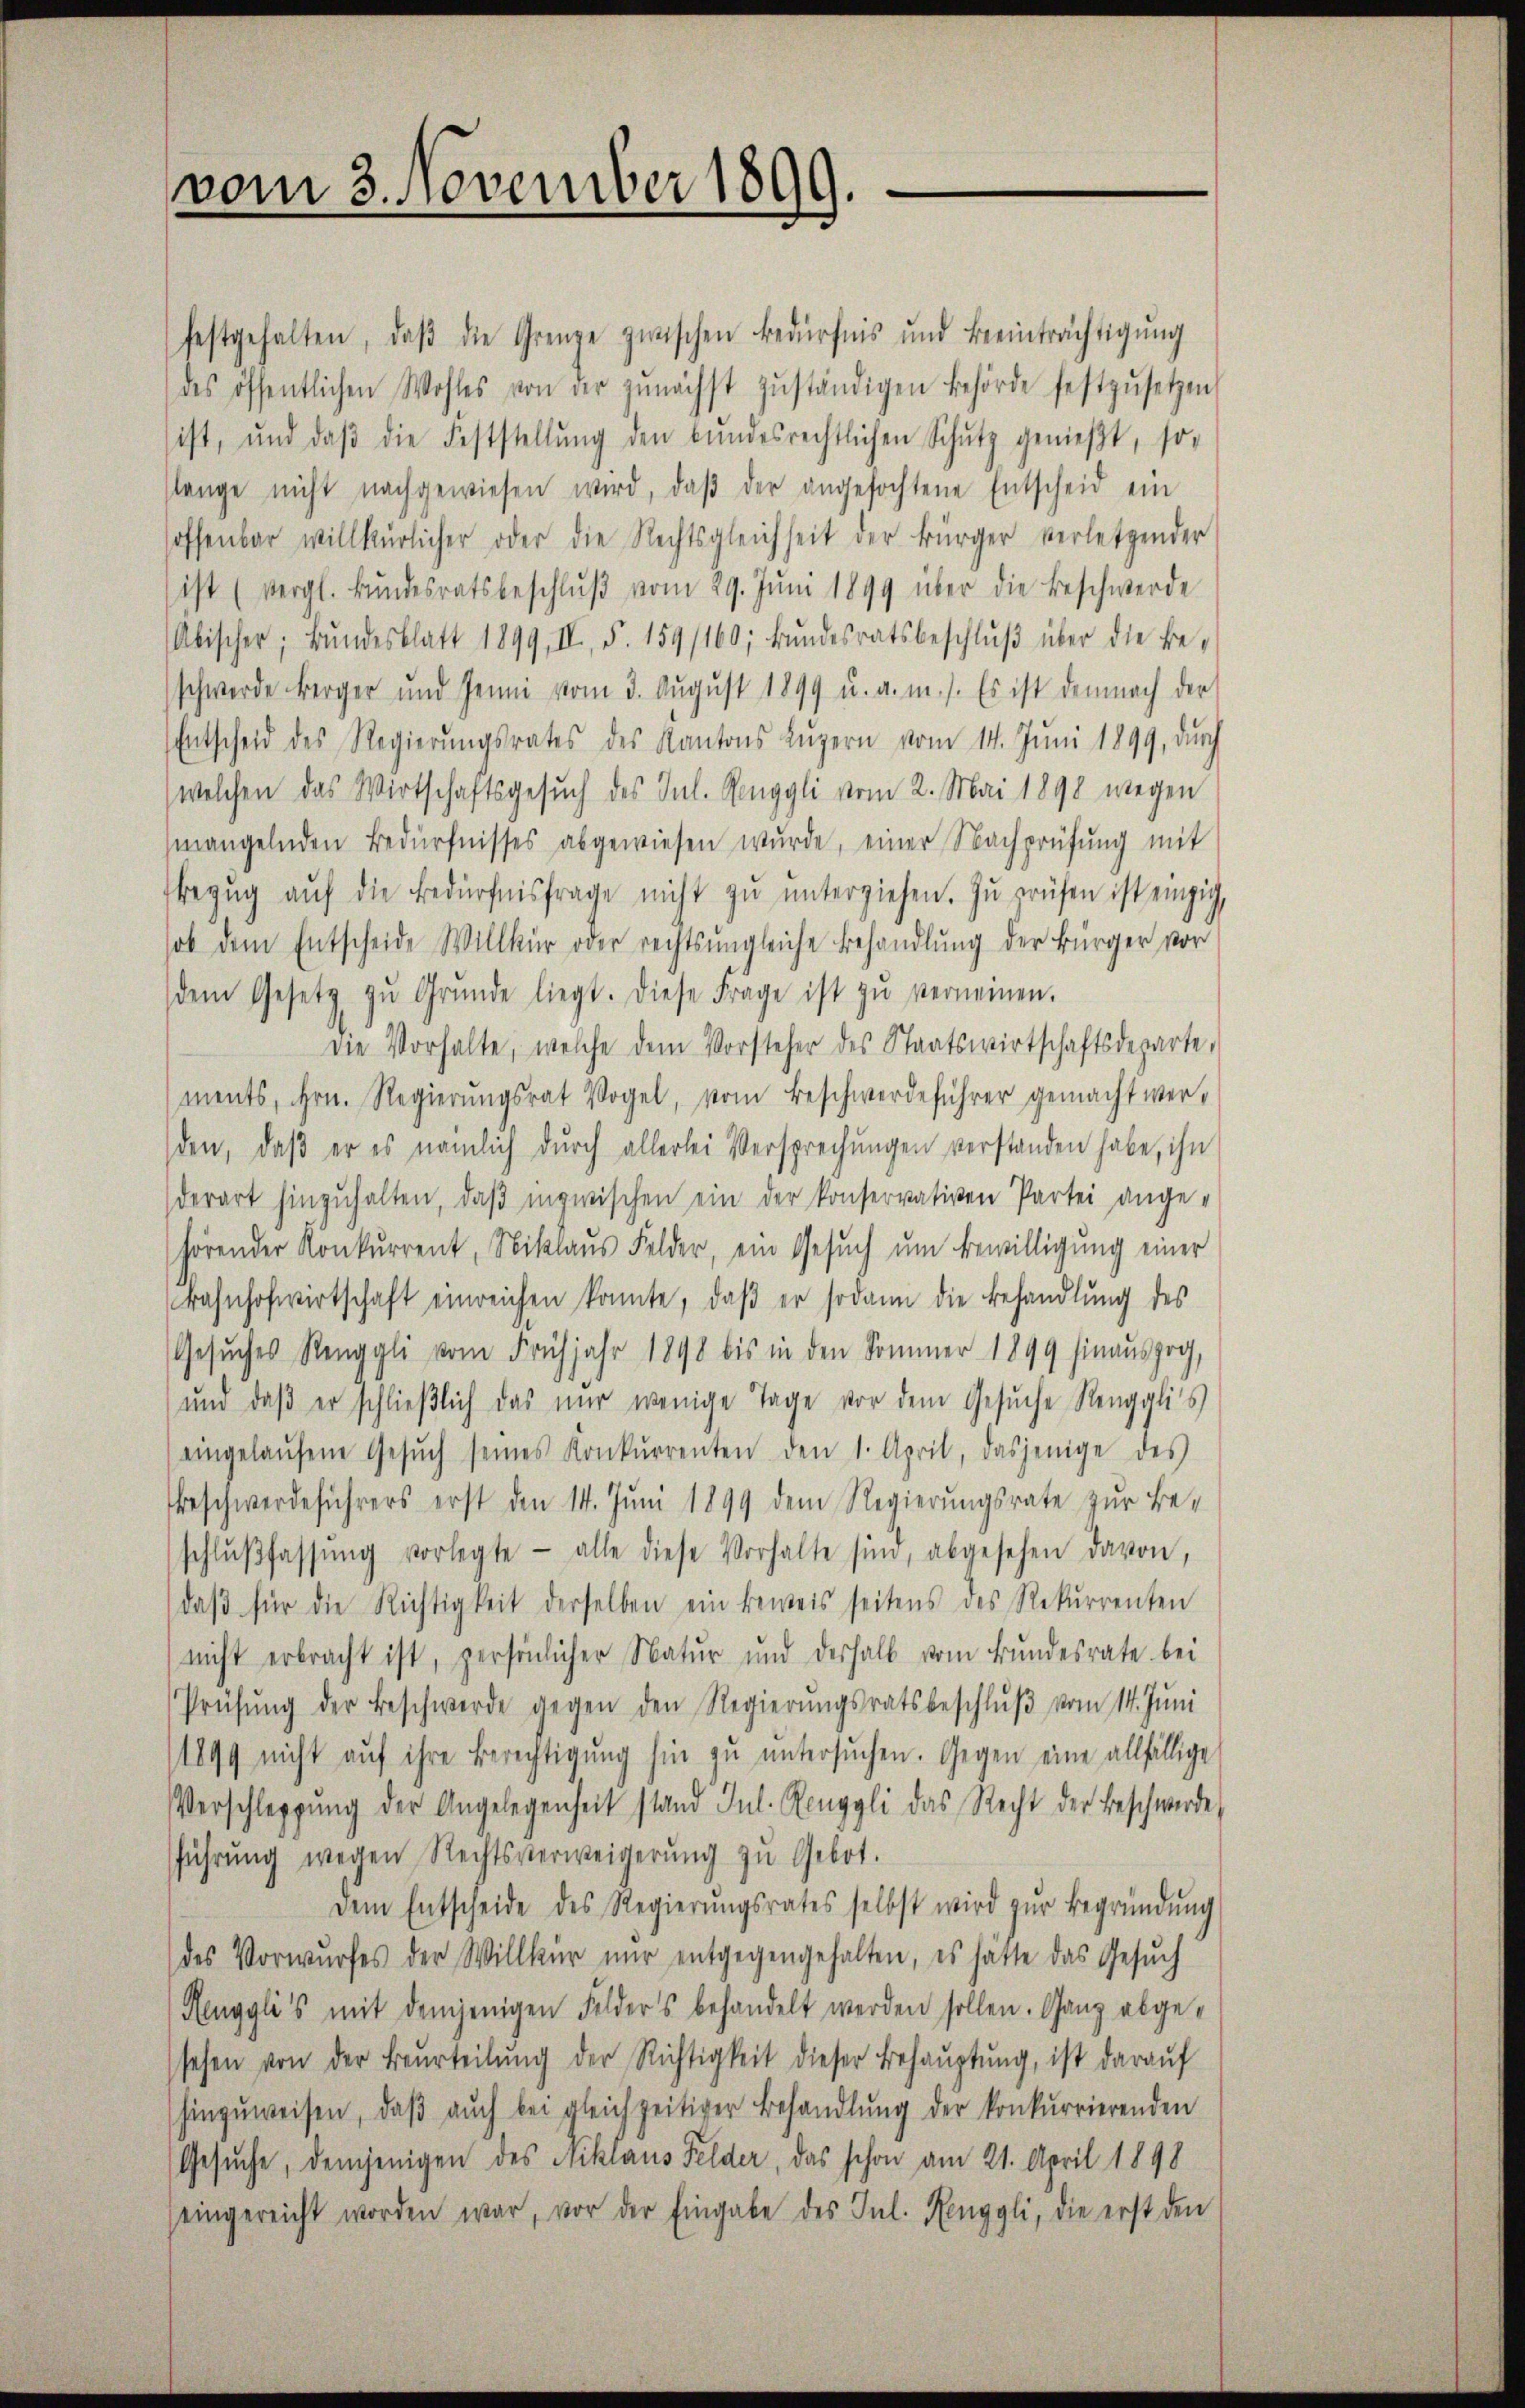
vom 3. November 1899.

festgehalten, daβ die Grenze zwischen Bedürfnis und Beeinträchtigŭng
des öffentlichen Wohles von der zunächst zŭständigen Behörde festzŭsetzen
sist, und daβ die Feststellŭng den Bŭndesrechtlichen Schŭtz genießt, so-
slange nicht nachgewiesen wird, daβ der angefochtene Entscheid ein
hoffenbar willkürlicher oder die Rechtsgleichheit der Bürger verletzender
ist (vergl. Bŭndesratsbeschlŭβ vom 29. Jŭni 1899 über die Beschwerde
Abischer; Bŭndesblatt 1899, II., S. 159/160; bŭndesratsbeschlŭβ über die Beschwerde berger und Jenni vom 3. August 1899 u. a. m.). Es ist demnach der
Entscheid des Regierŭngsrates des Kantons Lŭzern vom 14. Jŭni 1899, dŭrch
welchen das Wirtschaftsgesuch des Inl. Renggli vom 2. Mai 1898 wegen
mangelnden Bedürfnisses abgewiesen wurde, einer Nachprüfung mit
Bezŭg aŭf die Bedürfnisfrage nicht zŭ ŭnterziehen. Zŭ prüfen ist einzig,
hob dem Entscheide Willkür oder rechtsŭngleiche Behandlung der Bürger vor
(dem Gesetz zŭ Grŭnde liegt. Diese Frage ist zŭ verneinen.
die Vorhalte, welche dem Vorsteher des Staatswirtschaftsdeparte,
ments, Hrn. Regierungsrat Vogel, vom Beschwerdeführer gemacht werden, daβ er es nämlich durch allerlei Versprechungen verstanden habe, ihn
derart hinzŭhalten, daβ inzwischen ein der konservativen Partei ange-
hörender Konkurrent, Niklaus Felder, ein Gesuch um Bewilligung einer
Bahnhofwirtschaft einreichen konnte, daβ er sodann die Behandlung des
Gesŭches Renggli vom Frühjahr 1898 bis in den Sommer 1899 hinaŭszog,
und daβ er schlieβlich das nur wenige Tage vor dem Gesŭche Rengglis
eingelaŭfene Gesŭch seines Konkurrenten den 1. April, dasjenige des
Beschwerdeführers erst den 14. Juni 1899 dem Regierungsrate zur Beschlŭβfassŭng vorlegte - alle diese Vorhalte sind, abgesehen davon,
daβ für die Richtigkeit derselben ein beweis seitens des Rekurrenten
nicht erbracht ist, persönlicher Natur und deshalb vom Bundesrate bei
Prüfŭng der Beschwerde gegen den Regierŭngsratsbeschlŭβ vom 14. Juni
1899 nicht aŭf ihre Berechtigŭng hin zŭ ŭntersŭchen. Gegen eine allfällige
Verschleppung der Angelegenheit stand Jul. Renggli das Recht der Beschwerde
führŭng wegen Rechtsverweigerŭng zŭ Gebot.
dem Entscheide des Regierŭngsrates selbst wird zŭr Begründŭng
des Vorwŭrfes der Willkür nur entgegengehalten, es hatte das Gesŭch
Renggli's mit demjenigen Felders behandelt werden sollen. Ganz abgesehen von der Beurteilŭng der Richtigkeit dieser Behauptung, ist darauf
hinzŭweisen, daβ aŭch bei gleichzeitiger Behandlŭng der konkurrierenden
Gesuche, demjenigen des Niklaus Felder, das schon am 21. April 1898
eingereicht worden war, vor der Eingabe des Jul. Henggli, die erst den